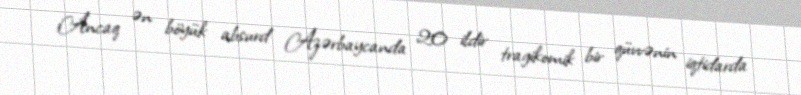
Ancaq ən böyük absurd Azərbaycanda 20 ildir tragikomik bir qüvvənin iqtidarda